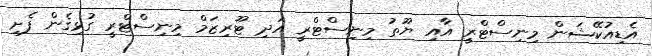
އެޑިއުކޭޝަން މިނިސްޓްރީ އާއި ޔޫތު މިނިސްޓްރީ އަދި ޓޫރިޒަމް މިނިސްޓްރީ ގުޅިގެން ފެށި